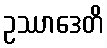
ဥဿာဒေတိ